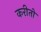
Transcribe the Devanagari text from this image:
करीतो